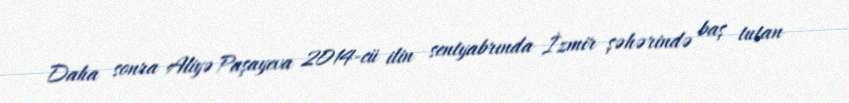
Daha sonra Aliyə Paşayeva 2014-cü ilin sentyabrında İzmir şəhərində baş tutan